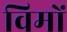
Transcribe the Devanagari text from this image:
विमों